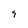
Character: 9